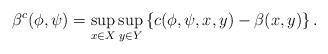
LaTeX: \begin{align*}\beta^c (\phi,\psi) = \sup_{x\in X} \sup_{y\in Y}\left\{ c(\phi,\psi,x,y) - \beta(x,y)\right\}.\end{align*}